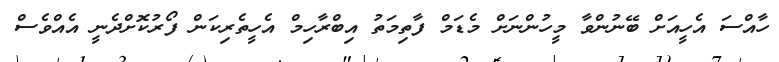
ހާއްސަ އެހީއަށް ބޭނުންވާ މީހުންނަށް މެޑަމް ފާތިމަތު އިބްރާހިމް އެހީތެރިކަން ފޯރުކޮށްދެނީ އެއްވެސް